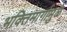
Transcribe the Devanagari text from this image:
भक्तिमार्गामुळे